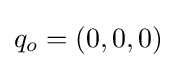
q_{o}=(0,0,0)